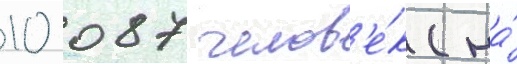
10 087 челов'е́к (на́